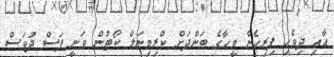
އާއި ދިވެހި ފިރިހެން މީހާގެ ބަންދަށް ކްރިމިނަލް ކޯޓުން ވަނީ ފަސް ދުވަސް